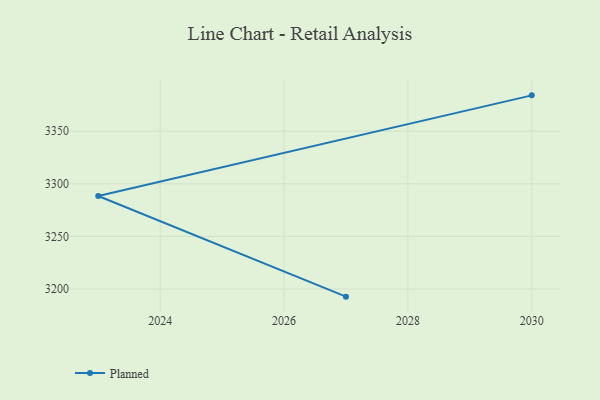
{"axis": {"x": "Year", "y": "Website Visitors"}, "legend": ["Planned"], "data": [{"x": "2027", "y": 3192.8, "type": "Planned"}, {"x": "2023", "y": 3288.4, "type": "Planned"}, {"x": "2030", "y": 3384.0, "type": "Planned"}]}